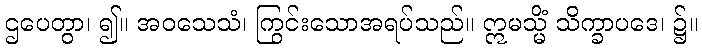
ဌပေတွာ၊ ၍။ အဝသေသံ၊ ကြွင်းသောအရပ်သည်။ ဣမသ္မိံ သိက္ခာပဒေ၊ ၌။